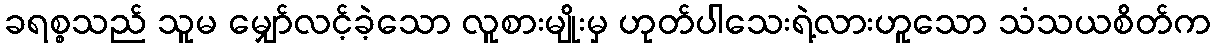
ခရစ္စသည် သူမ မျှော်လင့်ခဲ့သော လူစားမျိုးမှ ဟုတ်ပါသေးရဲ့လားဟူသော သံသယစိတ်က